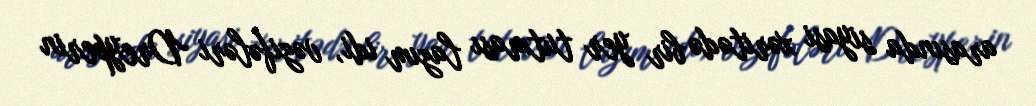
arasında siyasi xəritədə bir yer tutması lazım idi, vəzifələri Dreyperin